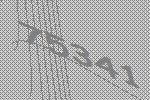
75341